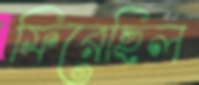
ফিরেছিল